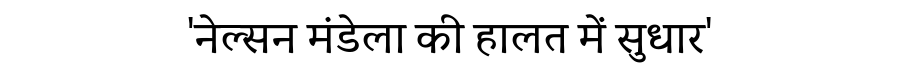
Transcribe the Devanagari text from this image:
'नेल्सन मंडेला की हालत में सुधार'